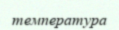
температура